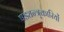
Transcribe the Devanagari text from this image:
षड्यन्त्र्कारियों